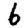
Digit: 6